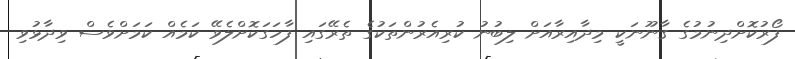
ފޯރުކޮށްދިނުމުގެ ގާނޫނަކީ މިދާއިރާއަށް ލިބުނު ކުރިއެރުންތަކުގެ ތެރޭގައި ފާހަގަކޮށްލެވޭ ކަމެއް ކަމަށްވެސް ވިދާޅުވި